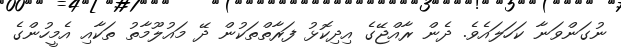
ނުގަންވަނާ ކަހަލައެވެ. ދެން ރާއްޖޭގެ އިދިކޮޅު ފަރާތްތަކުން ދޭ މައުލޫމާތު ތަކާއި އެމީހުންގެ